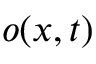
o ( x , t )